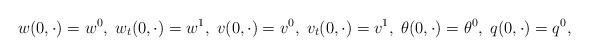
LaTeX: \begin{align*}w(0, \cdot) = w^{0}, \; w_{t}(0, \cdot) = w^{1}, \;v(0, \cdot) = v^{0}, \; v_{t}(0, \cdot) = v^{1}, \;\theta(0, \cdot) = \theta^{0}, \; q(0, \cdot) = q^{0},\end{align*}